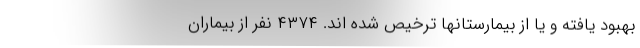
بهبود یافته و یا از بیمارستانها ترخیص شده اند. ۴۳۷۴ نفر از بیماران